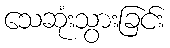
သေဆုံးသွားခြင်း